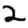
Digit: 2